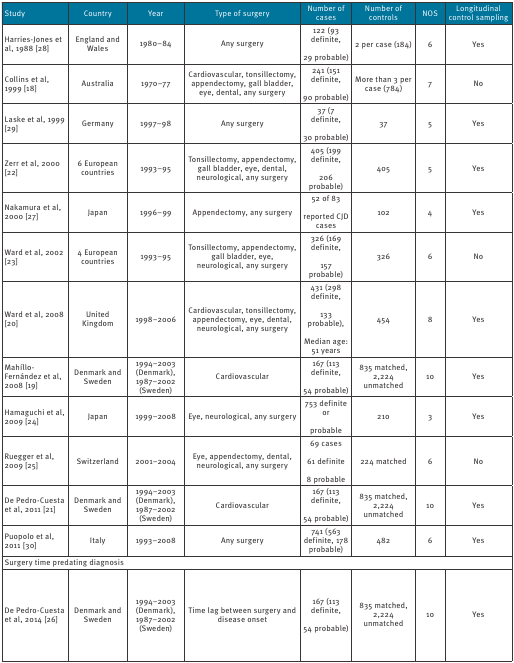
<table><thead><tr><td><b>Study</b></td><td><b>Country</b></td><td><b>Year</b></td><td><b>Type of surgery</b></td><td><b>Number of cases</b></td><td><b>Number of controls</b></td><td><b>NOS</b></td><td><b>Longitudinal control sampling</b></td></tr></thead><tbody><tr><td>Harries-Jones et al, 1988 [28]</td><td>England and Wales</td><td>1980–84</td><td>Any surgery</td><td>122 (93 definite,29 probable)</td><td>2 per case (184)</td><td>6</td><td>Yes</td></tr><tr><td>Collins et al, 1999 [18]</td><td>Australia</td><td>1970–77</td><td>Cardiovascular, tonsillectomy, appendectomy, gall bladder, eye, dental, any surgery</td><td>241 (151 definite, 90 probable)</td><td>More than 3 per case (784)</td><td>7</td><td>No</td></tr><tr><td>Laske et al, 1999 [29]</td><td>Germany</td><td>1997–98</td><td>Any surgery</td><td>37 (7 definite, 30 probable)</td><td>37</td><td>5</td><td>Yes</td></tr><tr><td>Zerr et al, 2000 [22]</td><td>6 European countries</td><td>1993–95</td><td>Tonsillectomy, appendectomy, gall bladder, eye, dental, neurological, any surgery</td><td>405 (199 definite, 206 probable)</td><td>405</td><td>5</td><td>Yes</td></tr><tr><td>Nakamura et al, 2000 [27]</td><td>Japan</td><td>1996–99</td><td>Appendectomy, any surgery</td><td>52 of 83 reported CJD cases</td><td>102</td><td>4</td><td>Yes</td></tr><tr><td>Ward et al, 2002 [23]</td><td>4 European countries</td><td>1993–95</td><td>Tonsillectomy, appendectomy, gall bladder, eye, neurological, any surgery</td><td>326 (169 definite,157 probable)</td><td>326</td><td>6</td><td>No</td></tr><tr><td>Ward et al, 2008 [20]</td><td>United Kingdom</td><td>1998–2006</td><td>Cardiovascular, tonsillectomy, appendectomy, eye, dental, neurological, any surgery</td><td>431 (298 definite,133 probable),Median age: 51 years</td><td>454</td><td>8</td><td>Yes</td></tr><tr><td>Mahíllo-Fernández et al, 2008 [19]</td><td>Denmark and Sweden</td><td>1994–2003 (Denmark), 1987–2002 (Sweden)</td><td>Cardiovascular</td><td>167 (113 definite,54 probable)</td><td>835 matched, 2,224 unmatched</td><td>10</td><td>Yes</td></tr><tr><td>Hamaguchi et al, 2009 [24]</td><td>Japan</td><td>1999–2008</td><td>Eye, neurological, any surgery</td><td>753 definite orprobable</td><td>210</td><td>3</td><td>Yes</td></tr><tr><td>Ruegger et al, 2009 [25]</td><td>Switzerland</td><td>2001–2004</td><td>Eye, appendectomy, dental, neurological, any surgery</td><td>69 cases61 definite8 probable</td><td>224 matched</td><td>6</td><td>No</td></tr><tr><td>De Pedro-Cuesta et al, 2011 [21]</td><td>Denmark and Sweden</td><td>1994–2003 (Denmark), 1987–2002 (Sweden)</td><td>Cardiovascular</td><td>167 (113 definite,54 probable)</td><td>835 matched, 2,224 unmatched</td><td>10</td><td>Yes</td></tr><tr><td>Puopolo et al, 2011 [30]</td><td>Italy</td><td>1993–2008</td><td>Any surgery</td><td>741 (563 definite, 178 probable)</td><td>482</td><td>6</td><td>Yes</td></tr><tr><td colspan="8">Surgery time predating diagnosis</td></tr><tr><td>De Pedro-Cuesta et al, 2014 [26]</td><td>Denmark and Sweden</td><td>1994–2003 (Denmark), 1987–2002 (Sweden)</td><td>Time lag between surgery and disease onset</td><td>167 (113 definite,54 probable)</td><td>835 matched, 2,224 unmatched</td><td>10</td><td>Yes</td></tr></tbody></table>